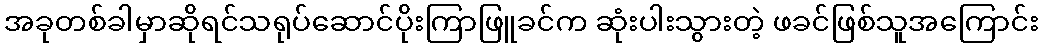
အခုတစ်ခါမှာဆိုရင်သရုပ်ဆောင်ပိုးကြာဖြူခင်က ဆုံးပါးသွားတဲ့ ဖခင်ဖြစ်သူအကြောင်း